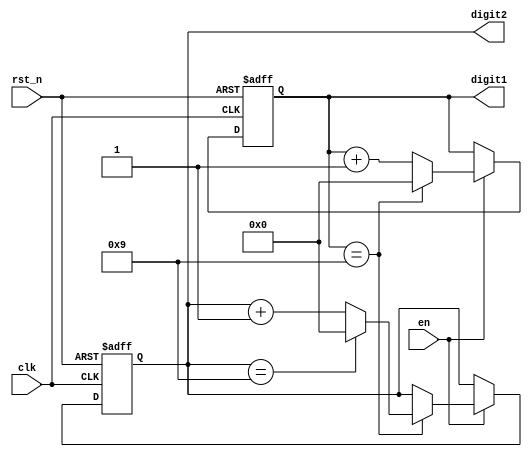
module BCD_Counter (
    input wire clk,
    input wire rst_n,
    input wire en,
    output reg [3:0] digit1,
    output reg [3:0] digit2
);

reg [3:0] count1;
reg [3:0] count2;

always @ (posedge clk or negedge rst_n) begin
    if (~rst_n) begin
        count1 <= 4'b0000;
        count2 <= 4'b0000;
    end else if (en) begin
        if (count1 == 4'b1001) begin
            count1 <= 4'b0000;
            if (count2 == 4'b1001) begin
                count2 <= 4'b0000;
            end else begin
                count2 <= count2 + 1;
            end
        end else begin
            count1 <= count1 + 1;
        end
    end
end

assign digit1 = count1;
assign digit2 = count2;

endmodule